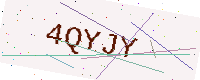
Text: 4QYJY